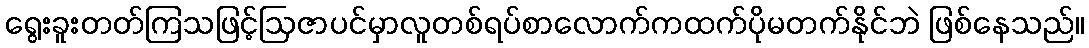
ရွေးခူးတတ်ကြသဖြင့်ဩဇာပင်မှာလူတစ်ရပ်စာလောက်ကထက်ပိုမတက်နိုင်ဘဲ ဖြစ်နေသည်။